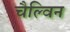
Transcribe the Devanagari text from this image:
चैल्विन